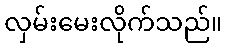
လှမ်းမေးလိုက်သည်။